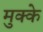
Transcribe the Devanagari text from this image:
मुक्‍के